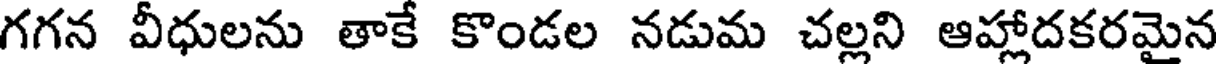
గగన వీధులను తాకే కొండల నడుమ చల్లని ఆహ్లాదకరమైన